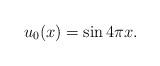
LaTeX: \begin{align*}u_0(x) = \sin 4\pi x.\end{align*}